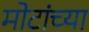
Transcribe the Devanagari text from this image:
मोटांच्या